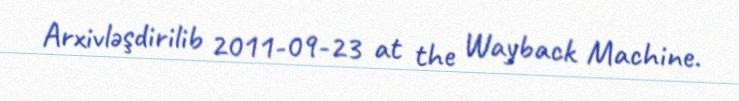
Arxivləşdirilib 2011-09-23 at the Wayback Machine.